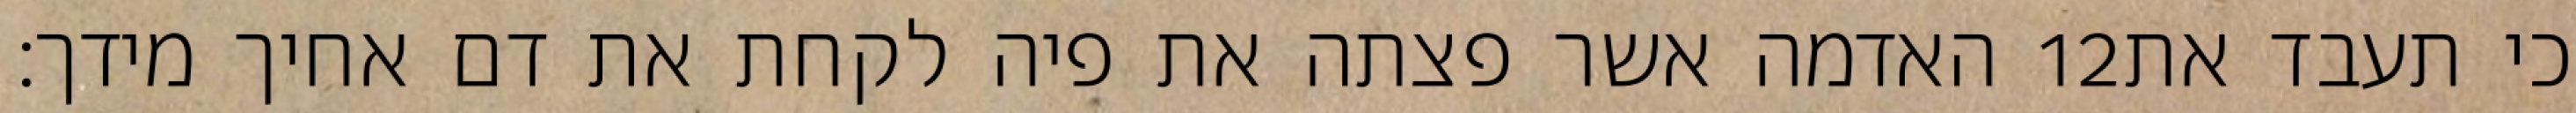
האדמה אשר פצתה את פיה לקחת את דם אחיך מידך׃ ‎12‏ כי תעבד את